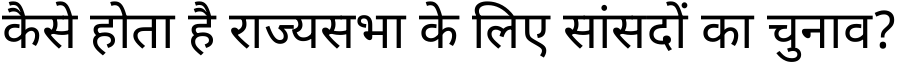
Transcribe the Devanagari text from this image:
कैसे होता है राज्यसभा के लिए सांसदों का चुनाव?